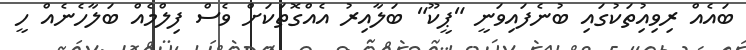
ބައެއް ރިވިއިުތަކުގައި ބުނެފައިވަނީ "ޕީކޫ" ބަލާއިރު އެއްގޮތަކަށް ވެސް ފިލްމެއް ބަލާހެނެއް ހީ